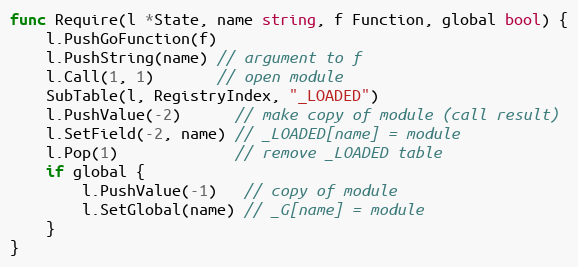
Language: Go
func Require(l *State, name string, f Function, global bool) {
	l.PushGoFunction(f)
	l.PushString(name) // argument to f
	l.Call(1, 1)       // open module
	SubTable(l, RegistryIndex, "_LOADED")
	l.PushValue(-2)      // make copy of module (call result)
	l.SetField(-2, name) // _LOADED[name] = module
	l.Pop(1)             // remove _LOADED table
	if global {
		l.PushValue(-1)   // copy of module
		l.SetGlobal(name) // _G[name] = module
	}
}